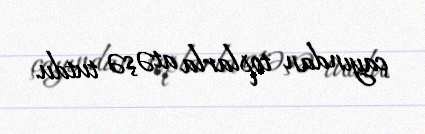
çayından toplarla atəşə tutdu.